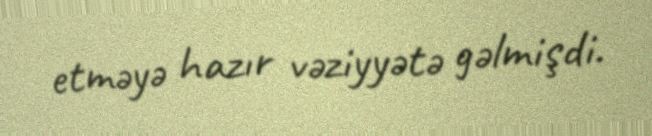
etməyə hazır vəziyyətə gəlmişdi.